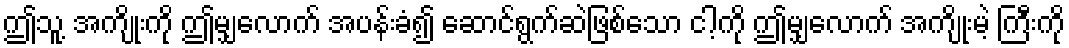
ဤသူ့ အကျိုးကို ဤမျှလောက် အပန်းခံ၍ ဆောင်ရွက်ဆဲဖြစ်သော ငါ့ကို ဤမျှလောက် အကျိုးမဲ့ ကြီးကို